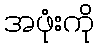
အဖုံးကို